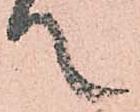
て